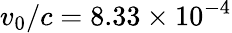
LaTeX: v_{0}/c=8.33\times 10^{-4}